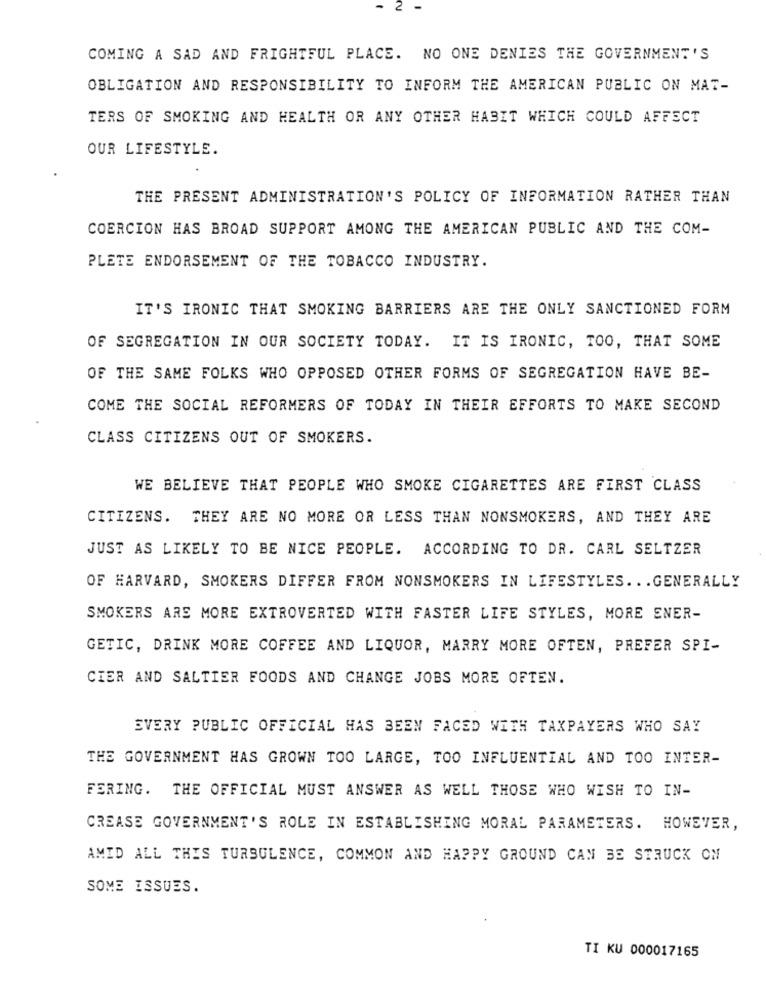
2
COMING A SAD AND FRIGHTFUL PLACE. NO ONE DENIES THE GOVERNMENT 'S
OBLIGATION AND RESPONSIBILITY TO INFORM THE AMERICAN PUBLIC ON MAT-
TERS OF SMOKING AND HEALTH OR ANY OTHER HABIT WHICH COULD AFFECT
OUR LIFESTYLE.
THE PRESENT ADMINISTRATION'S POLICY OF INFORMATION RATHER THAN
COERCION HAS BROAD SUPPORT AMONG THE AMERICAN PUBLIC AND THE COM-
PLETE ENDORSEMENT OF THE TOBACCO INDUSTRY.
IT'S IRONIC THAT SMOKING BARRIERS ARE THE ONLY SANCTIONED FORM
OF SEGREGATION IN OUR SOCIETY TODAY. IT IS IRONIC, TOO, THAT SOME
OF THE SAME FOLKS WHO OPPOSED OTHER FORMS OF SEGREGATION HAVE BE-
COME THE SOCIAL REFORMERS OF TODAY IN THEIR EFFORTS TO MAKE SECOND
CLASS CITIZENS OUT OF SMOKERS.
WE BELIEVE THAT PEOPLE WHO SMOKE CIGARETTES ARE FIRST CLASS
CITIZENS. THEY ARE NO MORE OR LESS THAN NONSMOKERS, AND THEY ARE
JUST AS LIKELY TO BE NICE PEOPLE. ACCORDING TO DR. CARL SELTZER
OF HARVARD, SMOKERS DIFFER FROM NONSMOKERS IN LIFESTYLES .. . GENERALLY
SMOKERS ARE MORE EXTROVERTED WITH FASTER LIFE STYLES, MORE ENER-
GETIC, DRINK MORE COFFEE AND LIQUOR, MARRY MORE OFTEN, PREFER SPI-
CIER AND SALTIER FOODS AND CHANGE JOBS MORE OFTEN.
EVERY PUBLIC OFFICIAL HAS BEEN FACED WITH TAXPAYERS WHO SAY
THE GOVERNMENT HAS GROWN TOO LARGE, TOO INFLUENTIAL AND TOO INTER-
FERING. THE OFFICIAL MUST ANSWER AS WELL THOSE WHO WISH TO IN-
CREASE GOVERNMENT'S ROLE IN ESTABLISHING MORAL PARAMETERS. HOWEVER,
AMID ALL THIS TURBULENCE, COMMON AND HAPPY GROUND CAN BE STRUCK ON
SOME ISSUES.
TI KU 000017165